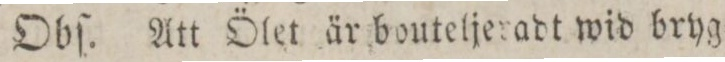
Obſ. Att Ölet är bouteljeradt wid bryg=